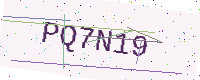
Text: PQ7N19